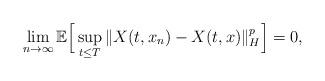
LaTeX: \begin{align*}\lim_{n\rightarrow\infty}\mathbb{E}\Big[ \sup_{t\leq T}\Vert X(t, x_n)-X(t, x)\Vert_H^p \Big] = 0,\end{align*}